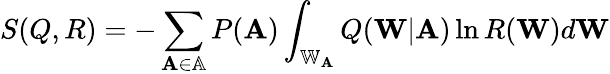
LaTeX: S(Q,R)=-\sum_{\mathbf{A}\in\mathbb{A}}P(\mathbf{A})\int_{\mathbb{W}_{\mathbf{A}}}Q(\mathbf{W}|\mathbf{A})\ln R(\mathbf{W})d\mathbf{W}